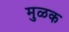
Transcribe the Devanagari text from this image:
मुळक